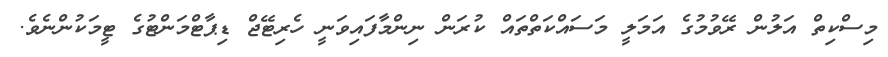
މިސްކިތް އަލުން ރޭވުމުގެ އަމަލީ މަސައްކަތްތައް ކުރަން ނިންމާފައިވަނީ ހެރިޓޭޖް ޑިޕާޓްމަންޓުގެ ޓީމަކުންނެވެ.